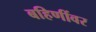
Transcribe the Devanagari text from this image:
बहिणींवर